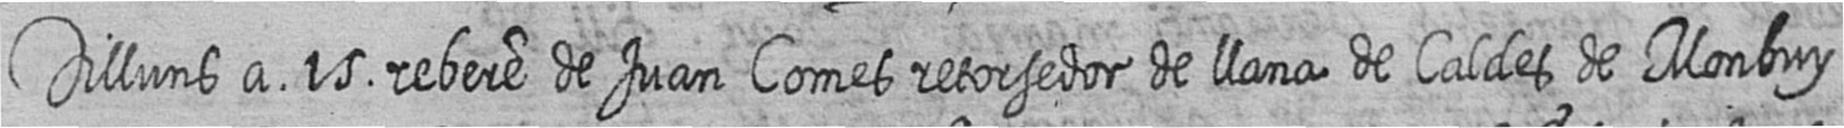
Dilluns a 15 rebere de Juan Comes retorsedor de llana de Caldes de Monbuy